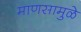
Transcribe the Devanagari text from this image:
माणसामुळे